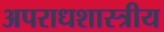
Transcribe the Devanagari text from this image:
अपराधशास्त्रीय